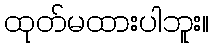
ထုတ်မထားပါဘူး။